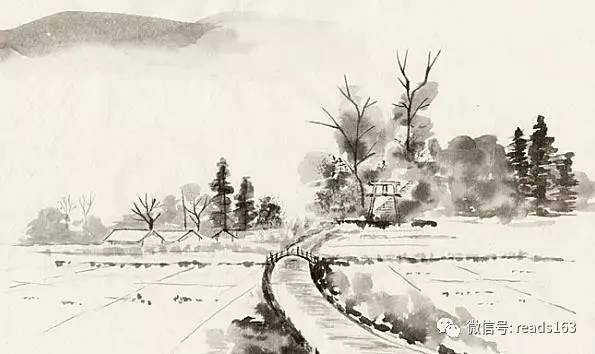
伤心秦汉经行处，宫阙万间都做了土。